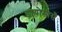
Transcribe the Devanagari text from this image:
डायोसीसँ